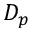
D _ { p }